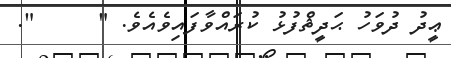
ޢީދު ދުވަހު ޙަދީޘްފުޅު ކުރައްވާފައިވެެއެވެ. "     ".